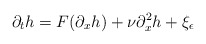
\begin{align*}\partial_t h = F(\partial_x h) +\nu\partial_x^2 h + \xi_\epsilon\end{align*}